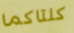
كلتاكما